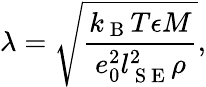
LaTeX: \lambda=\sqrt{\frac{k_{\mathrm{~B~}}T\epsilon M}{e_{0}^{2}l_{\mathrm{~S~E~}}^{2}\rho}},